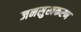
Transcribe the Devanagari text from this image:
जनसुखकरण